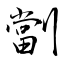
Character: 劏